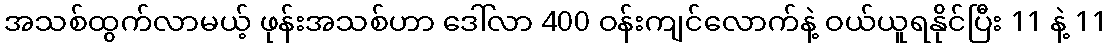
အသစ်ထွက်လာမယ့် ဖုန်းအသစ်ဟာ ဒေါ်လာ 400 ဝန်းကျင်လောက်နဲ့ ဝယ်ယူရနိုင်ပြီး 11 နဲ့ 11